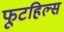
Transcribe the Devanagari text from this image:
फूटहिल्स